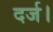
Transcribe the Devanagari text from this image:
दर्ज।